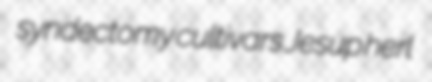
syndectomy cultivars Jesup herl